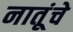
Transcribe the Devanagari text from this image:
नातूंचे